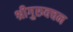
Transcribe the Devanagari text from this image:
श्रीगुरुवचन